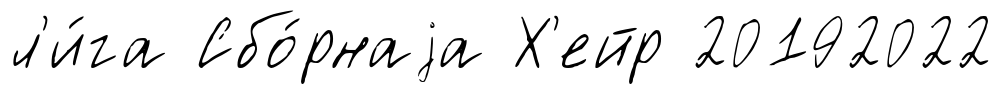
л'и́га Сбо́рнаjа Х'ейр 20192022